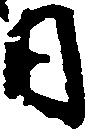
日